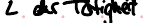
der Tätigkeit